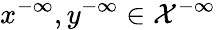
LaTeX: x^{-\infty},y^{-\infty}\in\mathcal{X}^{-\infty}